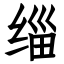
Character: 缁